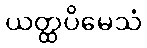
ယတ္ထပိမေသံ